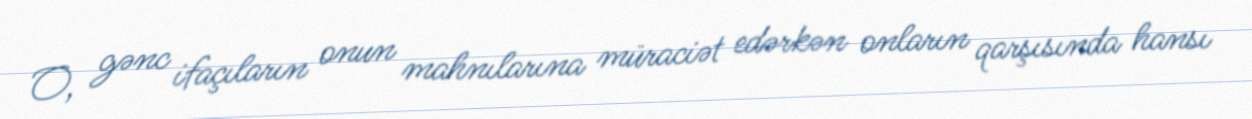
O, gənc ifaçıların onun mahnılarına müraciət edərkən onların qarşısında hansı